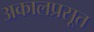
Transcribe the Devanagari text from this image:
अकालप्रसूत